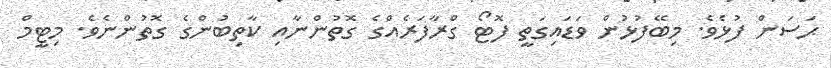
ޙަސަން ފުޅެވެ. މިބޭފުޅުން ވަޑައިގަތީ ފޮޓޯ ގްރާފަރެއްގެ ގޮތުންނާއި ކާތިބުންގެ ގޮތުންނެވެ. މިޓީމް